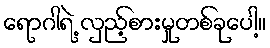
ရောဂါရဲ့ လှည့်စားမှုတစ်ခုပေါ့။